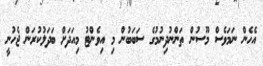
އެހެން ނަމަވެސް މޫސުން ތަންނުދިނުމުގެ ސަބަބުން މި އިވެންޓު މިއަދަށް ބަދަލުކުރަން ޖެހުނީ